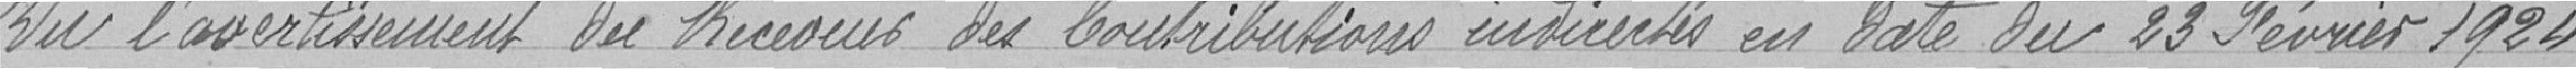
Vu l'avertissement du Receveur des Contributions individuelles en date du 23 Février 1924